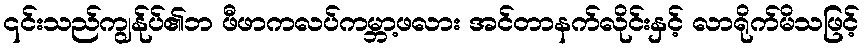
၎င်းသည်ကျွန်ုပ်၏ဘ ဖီဖာကလပ်ကမ္ဘာ့ဖလား အင်တာနက်လိုင်းနှင့် လာရိုက်မိသဖြင့်